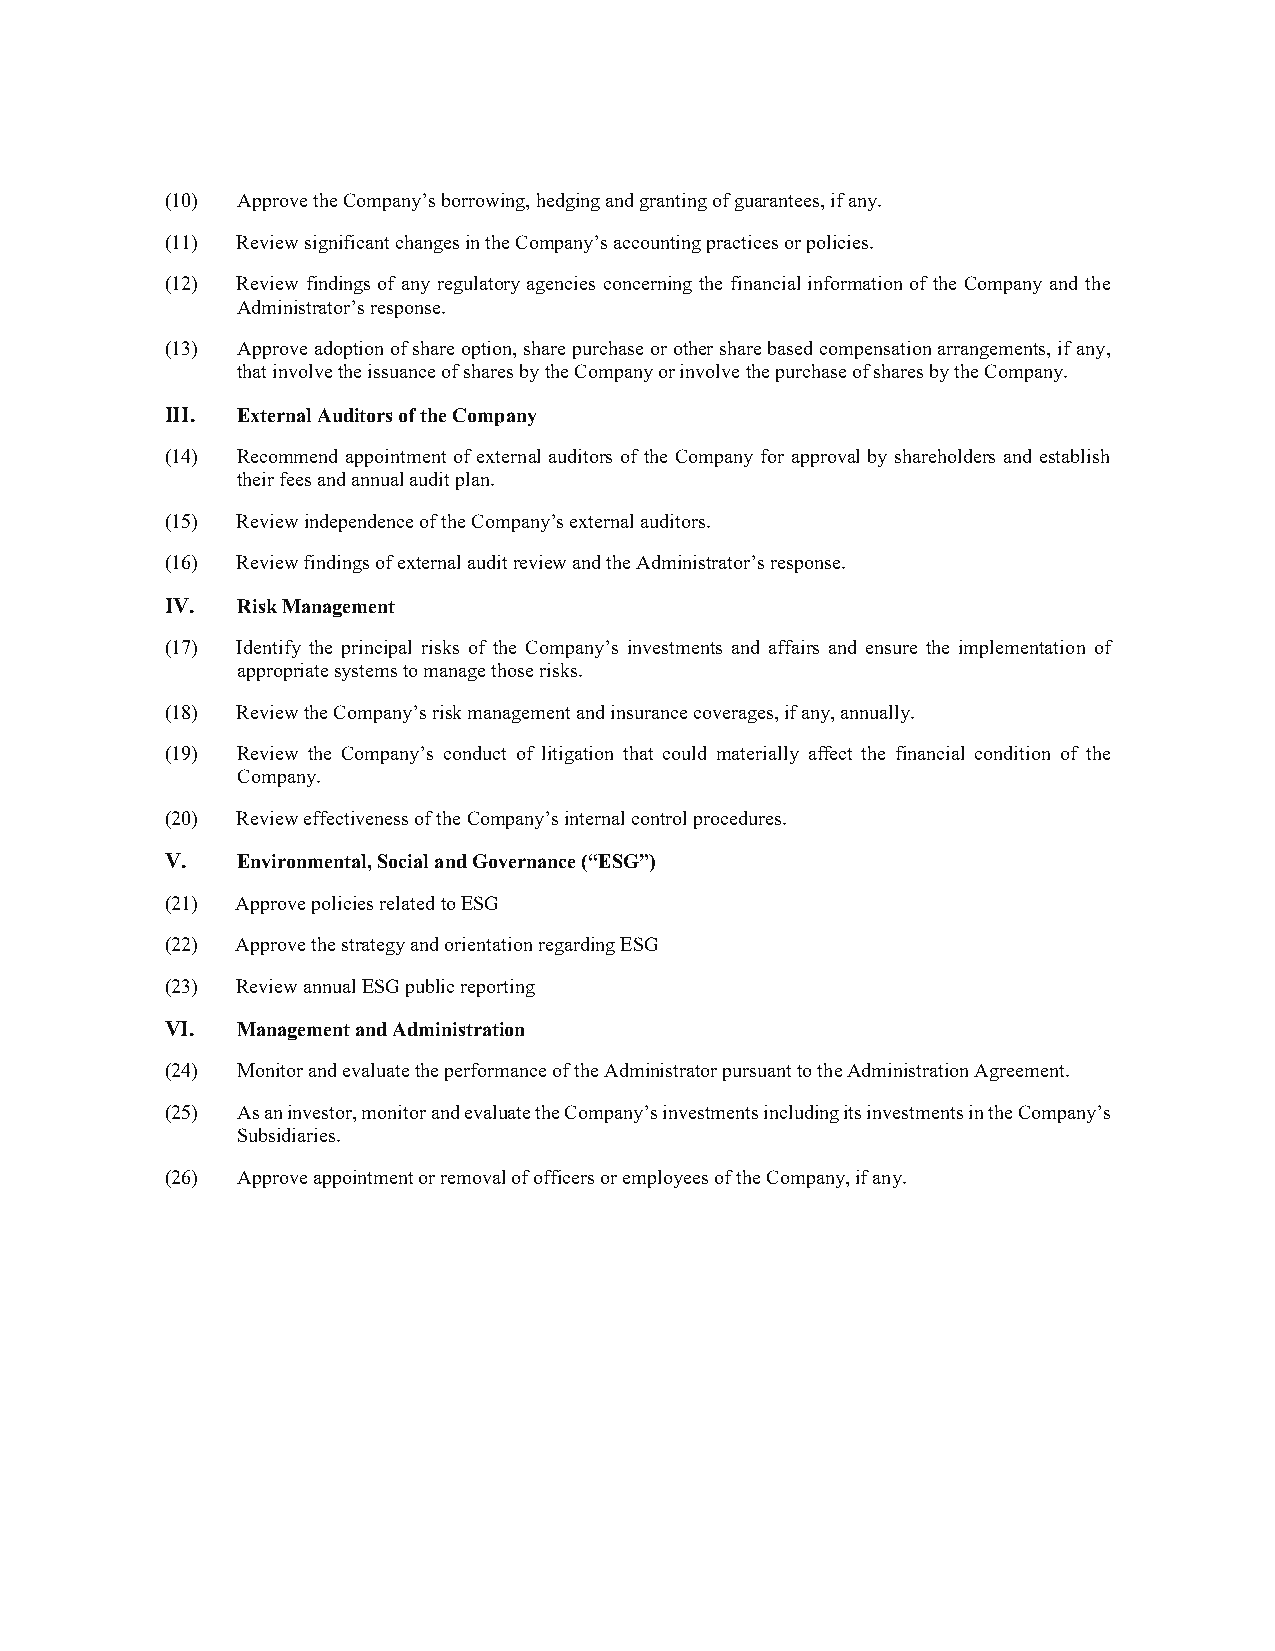
(10) Approve the Company’s borrowing, hedging and granting of guarantees, if any.
 (11) Review significant changes in the Company’s accounting practices or policies.
 (12) Review findings of any regulatory agencies concerning the financial information of the Company and the
 Administrator’s response.
 (13) Approve adoption of share option, share purchase or other share based compensation arrangements, if any,
 that involve the issuance of shares by the Company or involve the purchase of shares by the Company.
 III. External Auditors of the Company
 (14) Recommend appointment of external auditors of the Company for approval by shareholders and establish
 their fees and annual audit plan.
 (15) Review independence of the Company’s external auditors.
 (16) Review findings of external audit review and the Administrator’s response.
 IV.  Risk Management
 (17) Identify the principal risks of the Company’s investments and affairs and ensure the implementation of
 appropriate systems to manage those risks.
 (18) Review the Company’s risk management and insurance coverages, if any, annually.
 (19) Review the Company’s conduct of litigation that could materially affect the financial condition of the
 Company.
 (20) Review effectiveness of the Company’s internal control procedures.
 V.   Environmental, Social and Governance (“ESG”)
 (21) Approve policies related to ESG
 (22) Approve the strategy and orientation regarding ESG
 (23) Review annual ESG public reporting
 VI.  Management and Administration
 (24) Monitor and evaluate the performance of the Administrator pursuant to the Administration Agreement.
 (25) As an investor, monitor and evaluate the Company’s investments including its investments in the Company’s
 Subsidiaries.
 (26) Approve appointment or removal of officers or employees of the Company, if any.